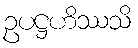
ဥပဋ္ဌဟိဿသိ